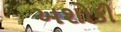
અશોકી